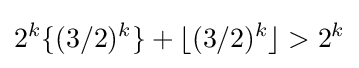
2^{k}\{(3/2)^{k}\}+\lfloor (3/2)^{k}\rfloor >2^{k}